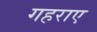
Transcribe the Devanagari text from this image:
गहराए